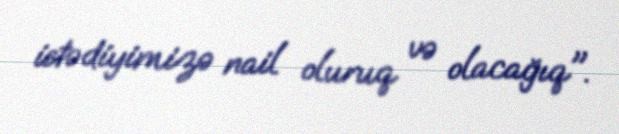
istədiyimizə nail oluruq və olacağıq".